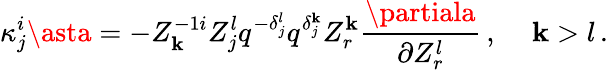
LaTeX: {\kappa}_{j}^{i}\asta=-Z_{\mathbf{k}}^{-1i}Z_{j}^{l}q^{-{\delta}_{j}^{l}}q^{{\delta}_{j}^{\mathbf{k}}}Z_{r}^{\mathbf{k}}{\frac{{\partiala}}{{\partial{Z_{r}^{l}}}}}\, ,\quad\, \mathbf{k}>l\, .